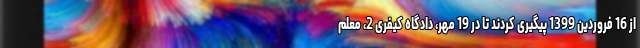
از 16 فروردین 1399 پیگیری کردند تا در 19 مهر، دادگاه کیفری 2، معلم